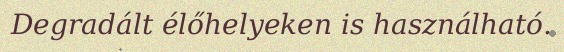
Degradált élőhelyeken is használható.